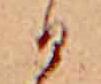
ひ